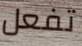
تفعل